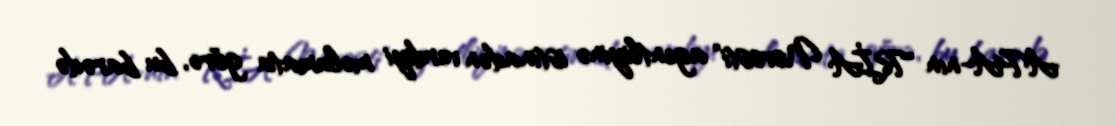
APA-nın "RİA Novosti" agentliyinə istinadən verdiyi məlumata görə, bu barədə